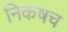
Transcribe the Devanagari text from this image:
निकषच